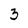
Character: 3